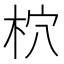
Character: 柼